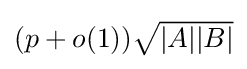
{\textstyle (p+o(1)){\sqrt {|A||B|}}}